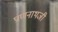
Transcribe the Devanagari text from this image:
प्राणनाथजी